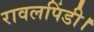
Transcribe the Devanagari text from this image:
रावलपिंडी।